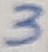
Text: 3